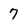
Character: 7